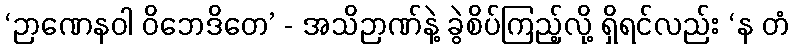
‘ဉာဏေနဝါ ဝိဘေဒိတေ’ - အသိဉာဏ်နဲ့ ခွဲစိပ်ကြည့်လို့ ရှိရင်လည်း ‘န တံ